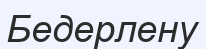
Бедерлену